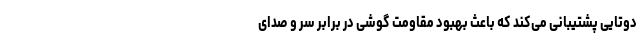
دوتایی پشتیبانی می‌کند که باعث بهبود مقاومت گوشی در برابر سر و صدای